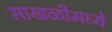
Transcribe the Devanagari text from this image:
साखळीमध्ये